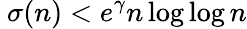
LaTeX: \ \sigma(n)<e^{\gamma}n\log\log n